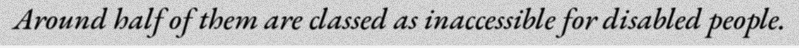
Around half of them are classed as inaccessible for disabled people.